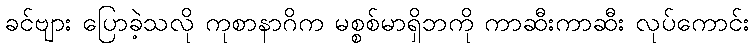
ခင်ဗျား ပြောခဲ့သလို ကုစာနာဂိက မစ္စစ်မာရှိဘကို ကာဆီးကာဆီး လုပ်ကောင်း